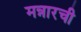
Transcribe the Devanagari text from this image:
मन्नारची